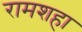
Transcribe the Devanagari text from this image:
रामशहा